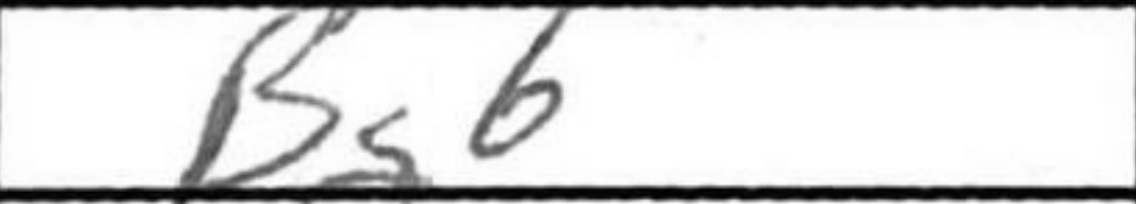
Transcription: Bg6